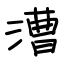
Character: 漕